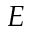
E